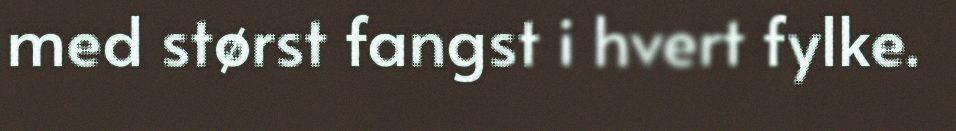
med størst fangst i hvert fylke.